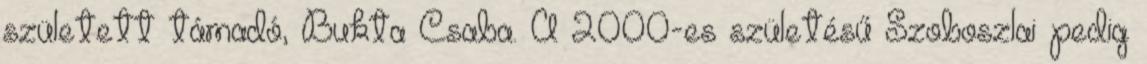
született támadó, Bukta Csaba. A 2000-es születésű Szoboszlai pedig